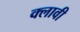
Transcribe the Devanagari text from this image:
क्लावी